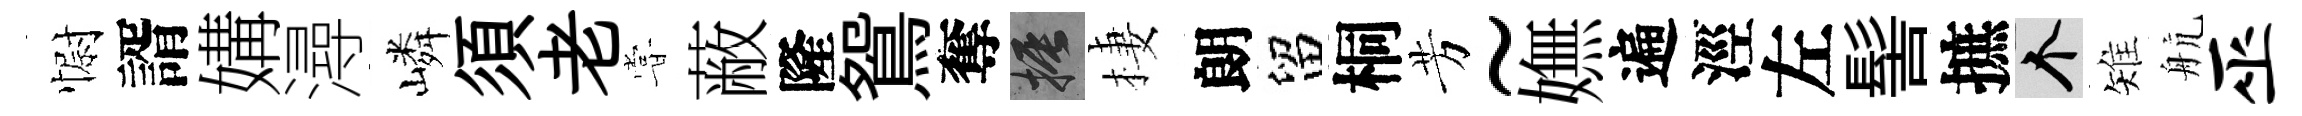
𢠢諝媾潯嶙須老甞蔽隆鴛奪振棲朗留桐芳~嫵遍涇左髻摭个雉航巫